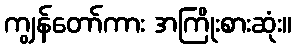
ကျွန်တော်ကား အကြိုးစားဆုံး။